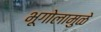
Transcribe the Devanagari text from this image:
भूगोलामुळे